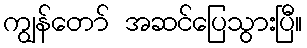
ကျွန်တော် အဆင်ပြေသွားပြီ။